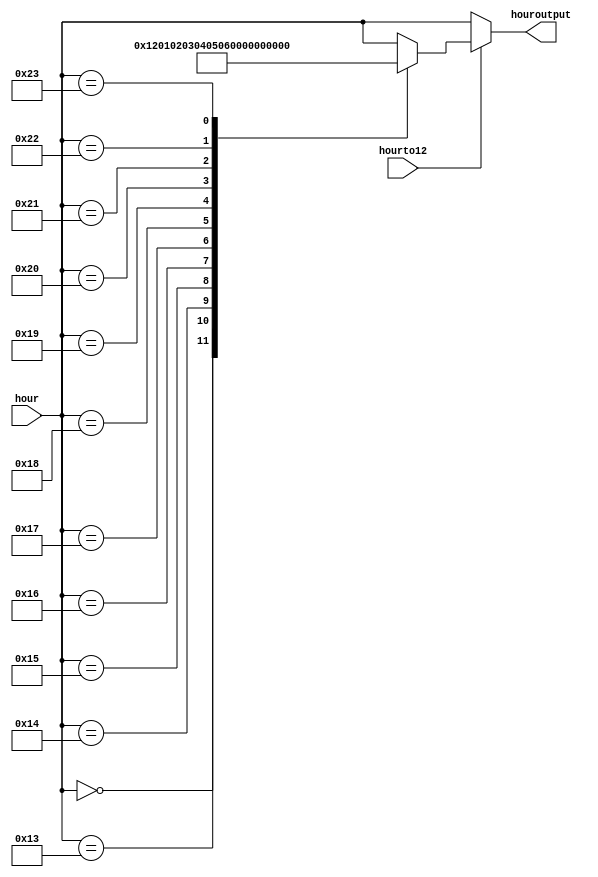
`timescale 1ns / 1ps
//////////////////////////////////////////////////////////////////////////////////
// Company: 
// Engineer: 
// 
// Design Name: 
// Module Name: hourto12
// Project Name: 
// Target Devices: 
// Tool Versions: 
// Description: 
// 
// Dependencies: 
// 
// Revision:
// Revision 0.01 - File Created
// Additional Comments:
// 
//////////////////////////////////////////////////////////////////////////////////


module hourto12(input hourto12, input [7:0] hour, output reg [7:0] houroutput);
    always @ (*) 
        if (~hourto12)
            houroutput <=  hour;
        else
            case (hour)
                8'h00: houroutput <= 8'h12;
                8'h13: houroutput <= 8'h01;
                8'h14: houroutput <= 8'h02;
                8'h15: houroutput <= 8'h03;
                8'h16: houroutput <= 8'h04;
                8'h17: houroutput <= 8'h05;
                8'h18: houroutput <= 8'h06;
                8'h19: houroutput <= 8'h07;
                8'h20: houroutput <= 8'h08;
                8'h21: houroutput <= 8'h09;
                8'h22: houroutput <= 8'h10;
                8'h23: houroutput <= 8'h11;
                default: houroutput <= hour;
            endcase
endmodule